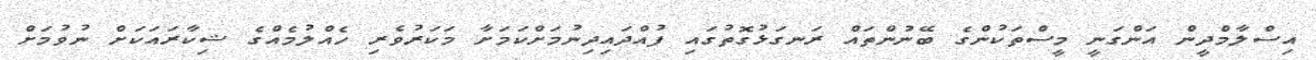
އިސްލާމްދީން އަންގަނީ މީސްތަކުންގެ ބޭނުންތައް ރަނގަޅުގޮތުގައި ފުއްދައިދިނުމަށްކަމަށާ މަކަރުވެރި ހެއްލުމެއްގެ ޝިކާރައަކަށް ނުވުމަށް